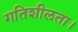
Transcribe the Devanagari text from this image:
गतिशीलता।